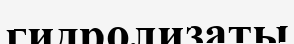
гидролизаты